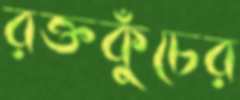
রক্তকুঁচের